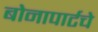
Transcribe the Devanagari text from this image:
बोनापार्टचे